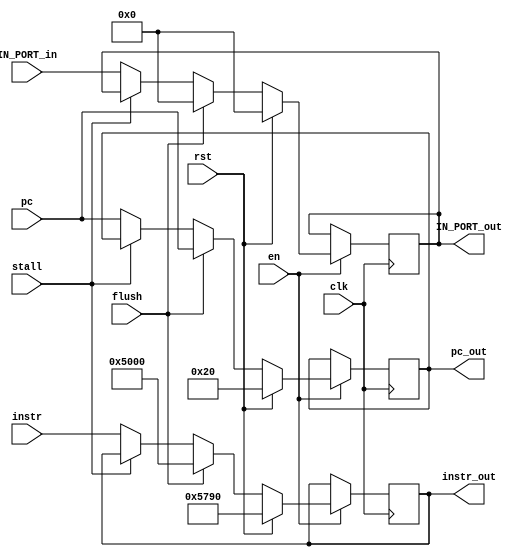

module buffer(stall,en,pc,instr,clk,rst,pc_out,instr_out, flush,IN_PORT_in,IN_PORT_out);

input [31:0] pc;
input [15:0] instr,IN_PORT_in;
input clk,rst,en,flush,stall;
output reg [31:0] pc_out;
output reg[15:0] instr_out,IN_PORT_out;

always@(posedge clk)begin
	if(en) begin
	if(rst)begin
	  pc_out=31'b100000;
	  instr_out=16'b01_010_111_100_1_0000;
	  IN_PORT_out=0;
	end
	else if(flush)begin
	  instr_out=16'b0101000000000000;
	  	pc_out=pc;
		IN_PORT_out=0;
	end
	else if(!stall)
	begin
	pc_out=pc;
	instr_out=instr;
	IN_PORT_out=IN_PORT_in;
	end
end

end

endmodule